Report on certain features of malaria in the island of Salsette
Disease focus: Malaria
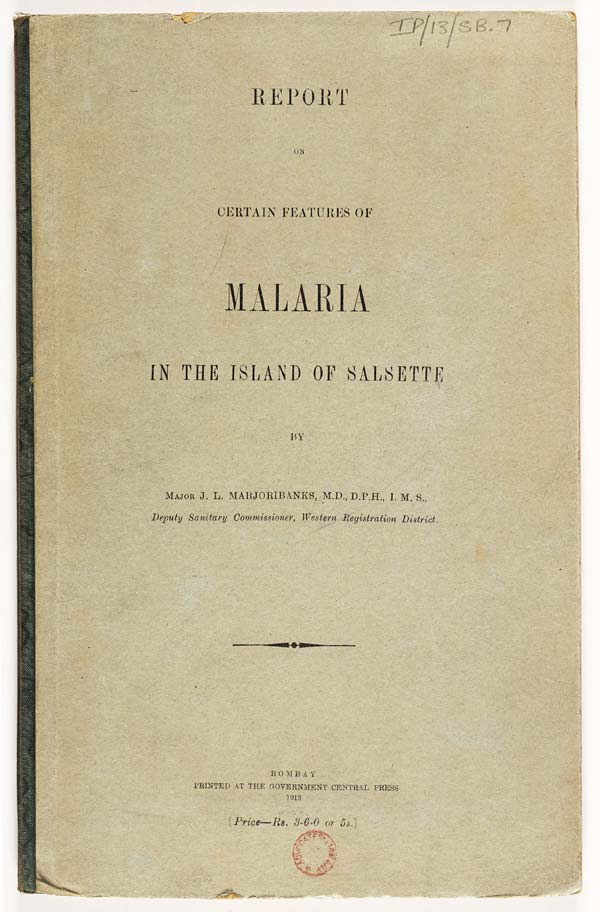
REPORT
ON
CERTAIN FEATURES OF
MALARIA
IN THE ISLAND OF SALSETTE
BY
MAJOR J. L. MARJORIBANKS, M.D., D.P.H., I.M.S.,
Deputy Sanitary Commissioner, Western Registration District.
BOMBAY
PRINTED AT THE GOVERNMENT CENTRAL PRESS
1913
[Price—Rs. 3-6-0 or 5s.]